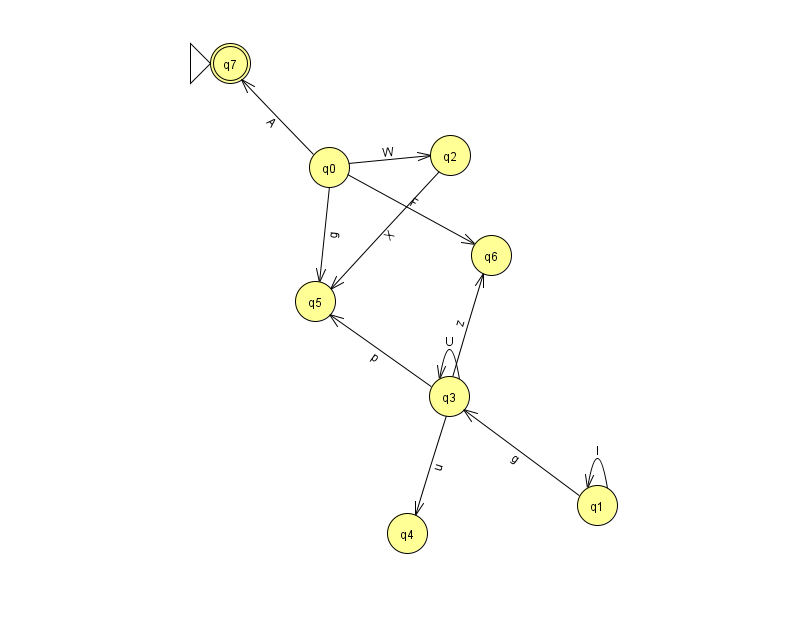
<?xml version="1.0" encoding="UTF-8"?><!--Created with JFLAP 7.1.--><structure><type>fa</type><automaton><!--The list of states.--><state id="0" name="q0"><x>329.0</x><y>154.0</y></state><state id="1" name="q1"><x>597.0</x><y>492.0</y></state><state id="2" name="q2"><x>450.0</x><y>142.0</y></state><state id="3" name="q3"><x>449.0</x><y>383.0</y></state><state id="4" name="q4"><x>407.0</x><y>520.0</y></state><state id="5" name="q5"><x>315.0</x><y>288.0</y></state><state id="6" name="q6"><x>491.0</x><y>242.0</y></state><state id="7" name="q7"><x>230.0</x><y>50.0</y><initial/><final/></state><!--The list of transitions.--><transition><from>3</from><to>6</to><read>z</read></transition><transition><from>0</from><to>7</to><read>A</read></transition><transition><from>3</from><to>3</to><read>U</read></transition><transition><from>0</from><to>5</to><read>g</read></transition><transition><from>1</from><to>1</to><read>I</read></transition><transition><from>1</from><to>3</to><read>g</read></transition><transition><from>2</from><to>5</to><read>X</read></transition><transition><from>3</from><to>4</to><read>u</read></transition><transition><from>0</from><to>2</to><read>W</read></transition><transition><from>0</from><to>6</to><read>F</read></transition><transition><from>3</from><to>5</to><read>p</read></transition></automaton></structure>